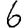
Digit: 6